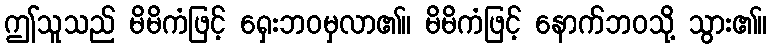
ဤသူသည် မိမိကံဖြင့် ရှေးဘဝမှလာ၏။ မိမိကံဖြင့် နောက်ဘဝသို့ သွား၏။